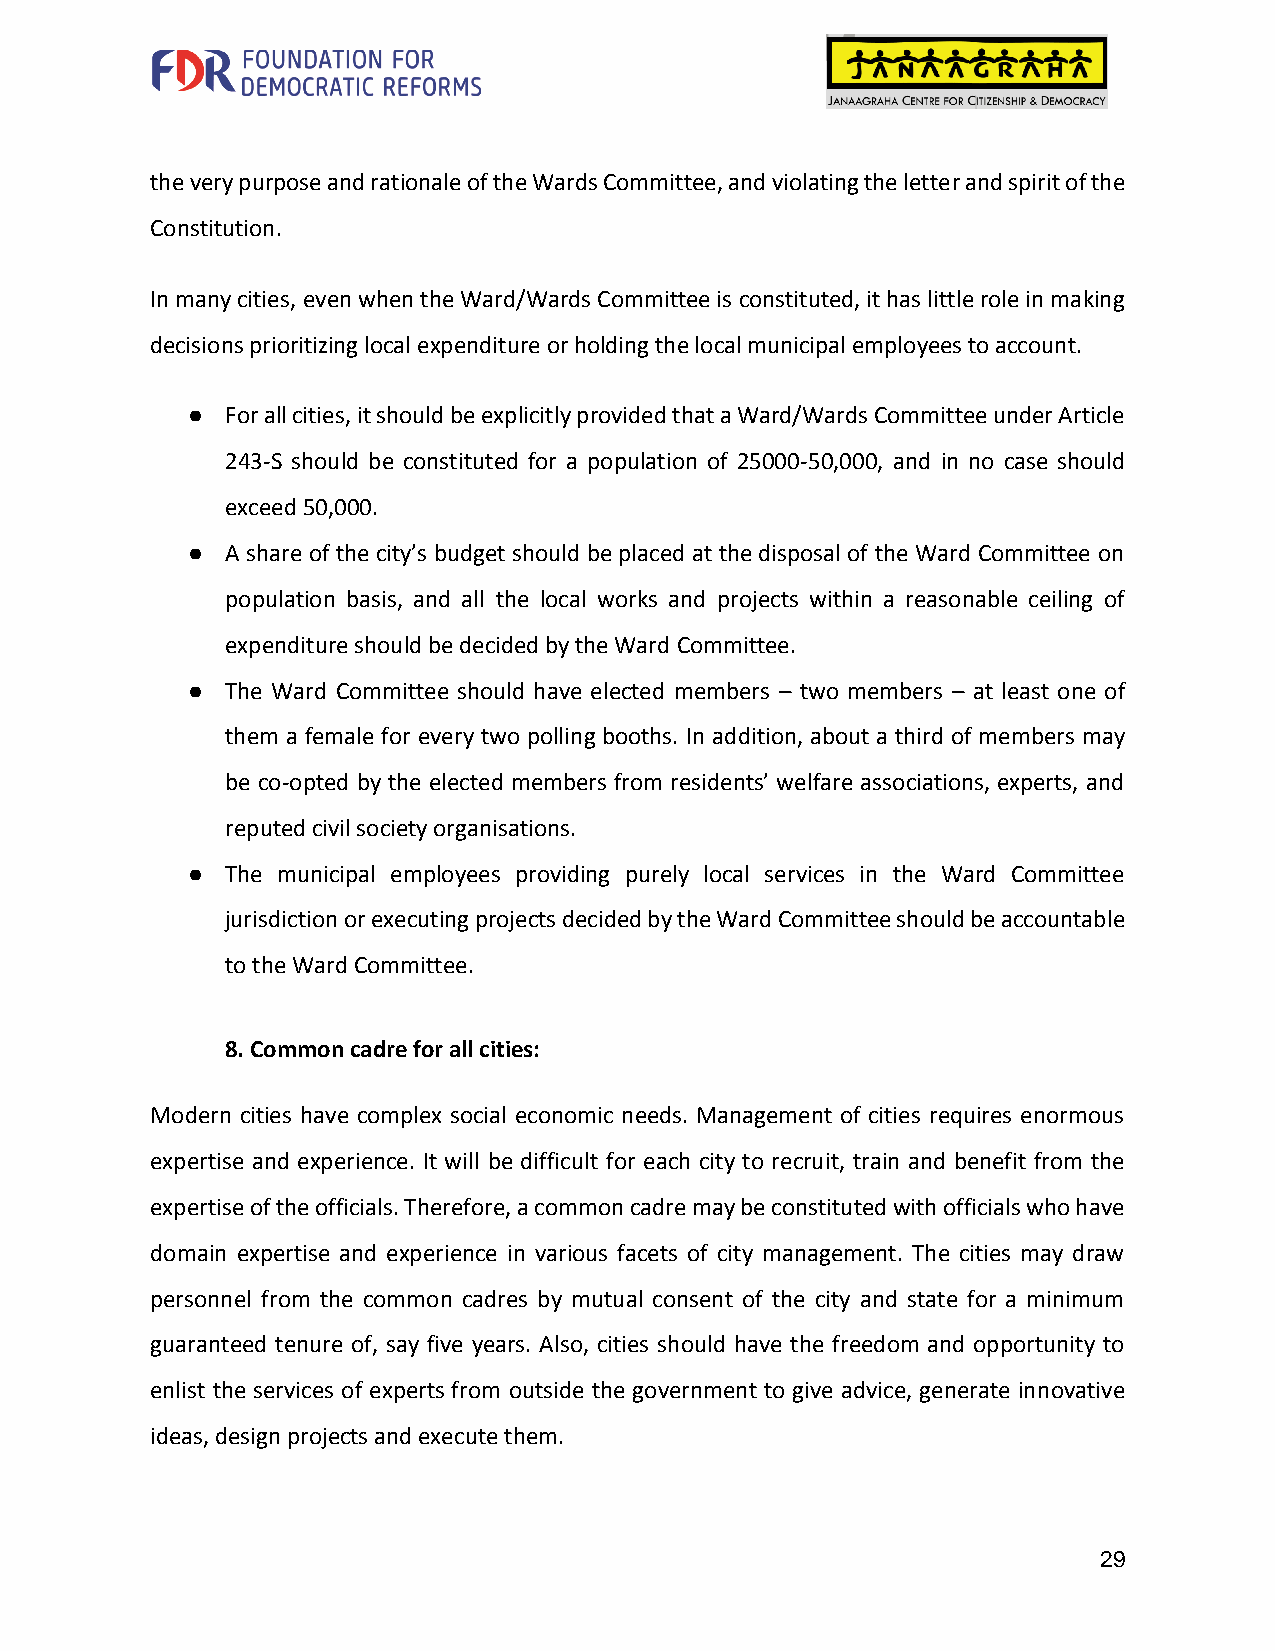
the very purpose and rationale of the Wards Committee, and violating the letter and spirit of the
 Constitution.
 In many cities, even when the Ward/Wards Committee is constituted, it has little role in making
 decisions prioritizing local expenditure or holding the local municipal employees to account.
 ●  For all cities, it should be explicitly provided that a Ward/Wards Committee under Article
 243-S should be constituted for a population of 25000-50,000, and in no case should
 exceed 50,000.
 ●  A share of the city’s budget should be placed at the disposal of the Ward Committee on
 population basis, and all the local works and projects within a reasonable ceiling of
 expenditure should be decided by the Ward Committee.
 ●  The Ward Committee should have elected members – two members – at least one of
 them a female for every two polling booths. In addition, about a third of members may
 be co-opted by the elected members from residents’ welfare associations, experts, and
 reputed civil society organisations.
 ●  The municipal employees providing purely local services in the Ward Committee
 jurisdiction or executing projects decided by the Ward Committee should be accountable
 to the Ward Committee.
 8. Common cadre for all cities:
 Modern cities have complex social economic needs. Management of cities requires enormous
 expertise and experience. It will be difficult for each city to recruit, train and benefit from the
 expertise of the officials. Therefore, a common cadre may be constituted with officials who have
 domain expertise and experience in various facets of city management. The cities may draw
 personnel from the common cadres by mutual consent of the city and state for a minimum
 guaranteed tenure of, say five years. Also, cities should have the freedom and opportunity to
 enlist the services of experts from outside the government to give advice, generate innovative
 ideas, design projects and execute them.
 29